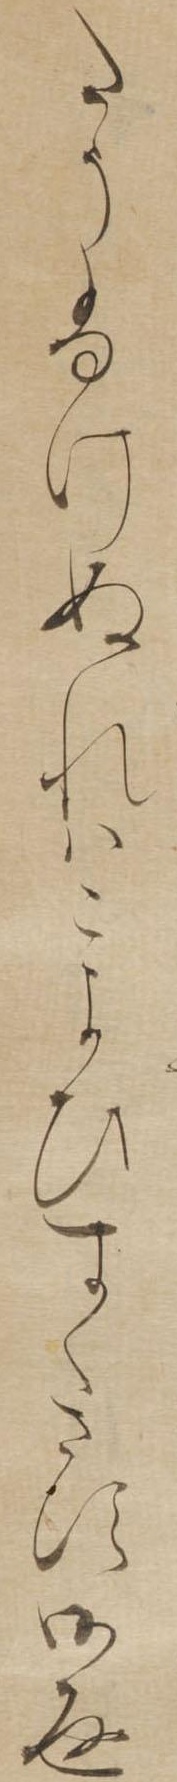
たうふけぬれはこよひすくさす御返